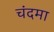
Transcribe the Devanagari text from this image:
चंदमा